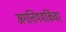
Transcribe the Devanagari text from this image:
अगत्तियमकिंवा